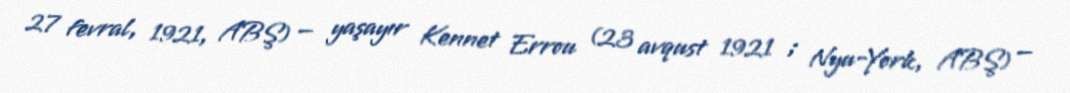
27 fevral, 1921, ABŞ) — yaşayır Kennet Errou (23 avqust 1921 ; Nyu-York, ABŞ) —